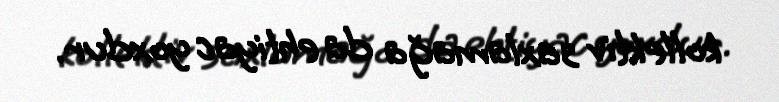
kollektiv saxlamağa da ehtiyac yoxdur.